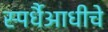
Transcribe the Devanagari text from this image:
स्पर्धैआधीचे